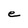
Character: e